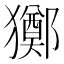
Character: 𤣀